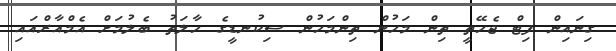
ގިނައިން ފިޓް ޖެހޭތީ ތިން މަހުން ތިންމަހުން ސިކުނޑީގެ ހާލަތު ބެލުމަށް އެމްއާރްއައި